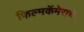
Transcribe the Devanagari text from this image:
फिल्मकॅमेराचे